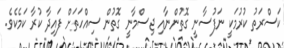
ކަސްރަތު ކުރުމަކީ ނަފުސާނީ ގޮތުންނާއި ޖިސްމާނީ ގޮތުން ސިއްހަތަށް ފައިދާ ކުރާ ކަމެކެވެ.